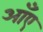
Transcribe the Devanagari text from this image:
आँए